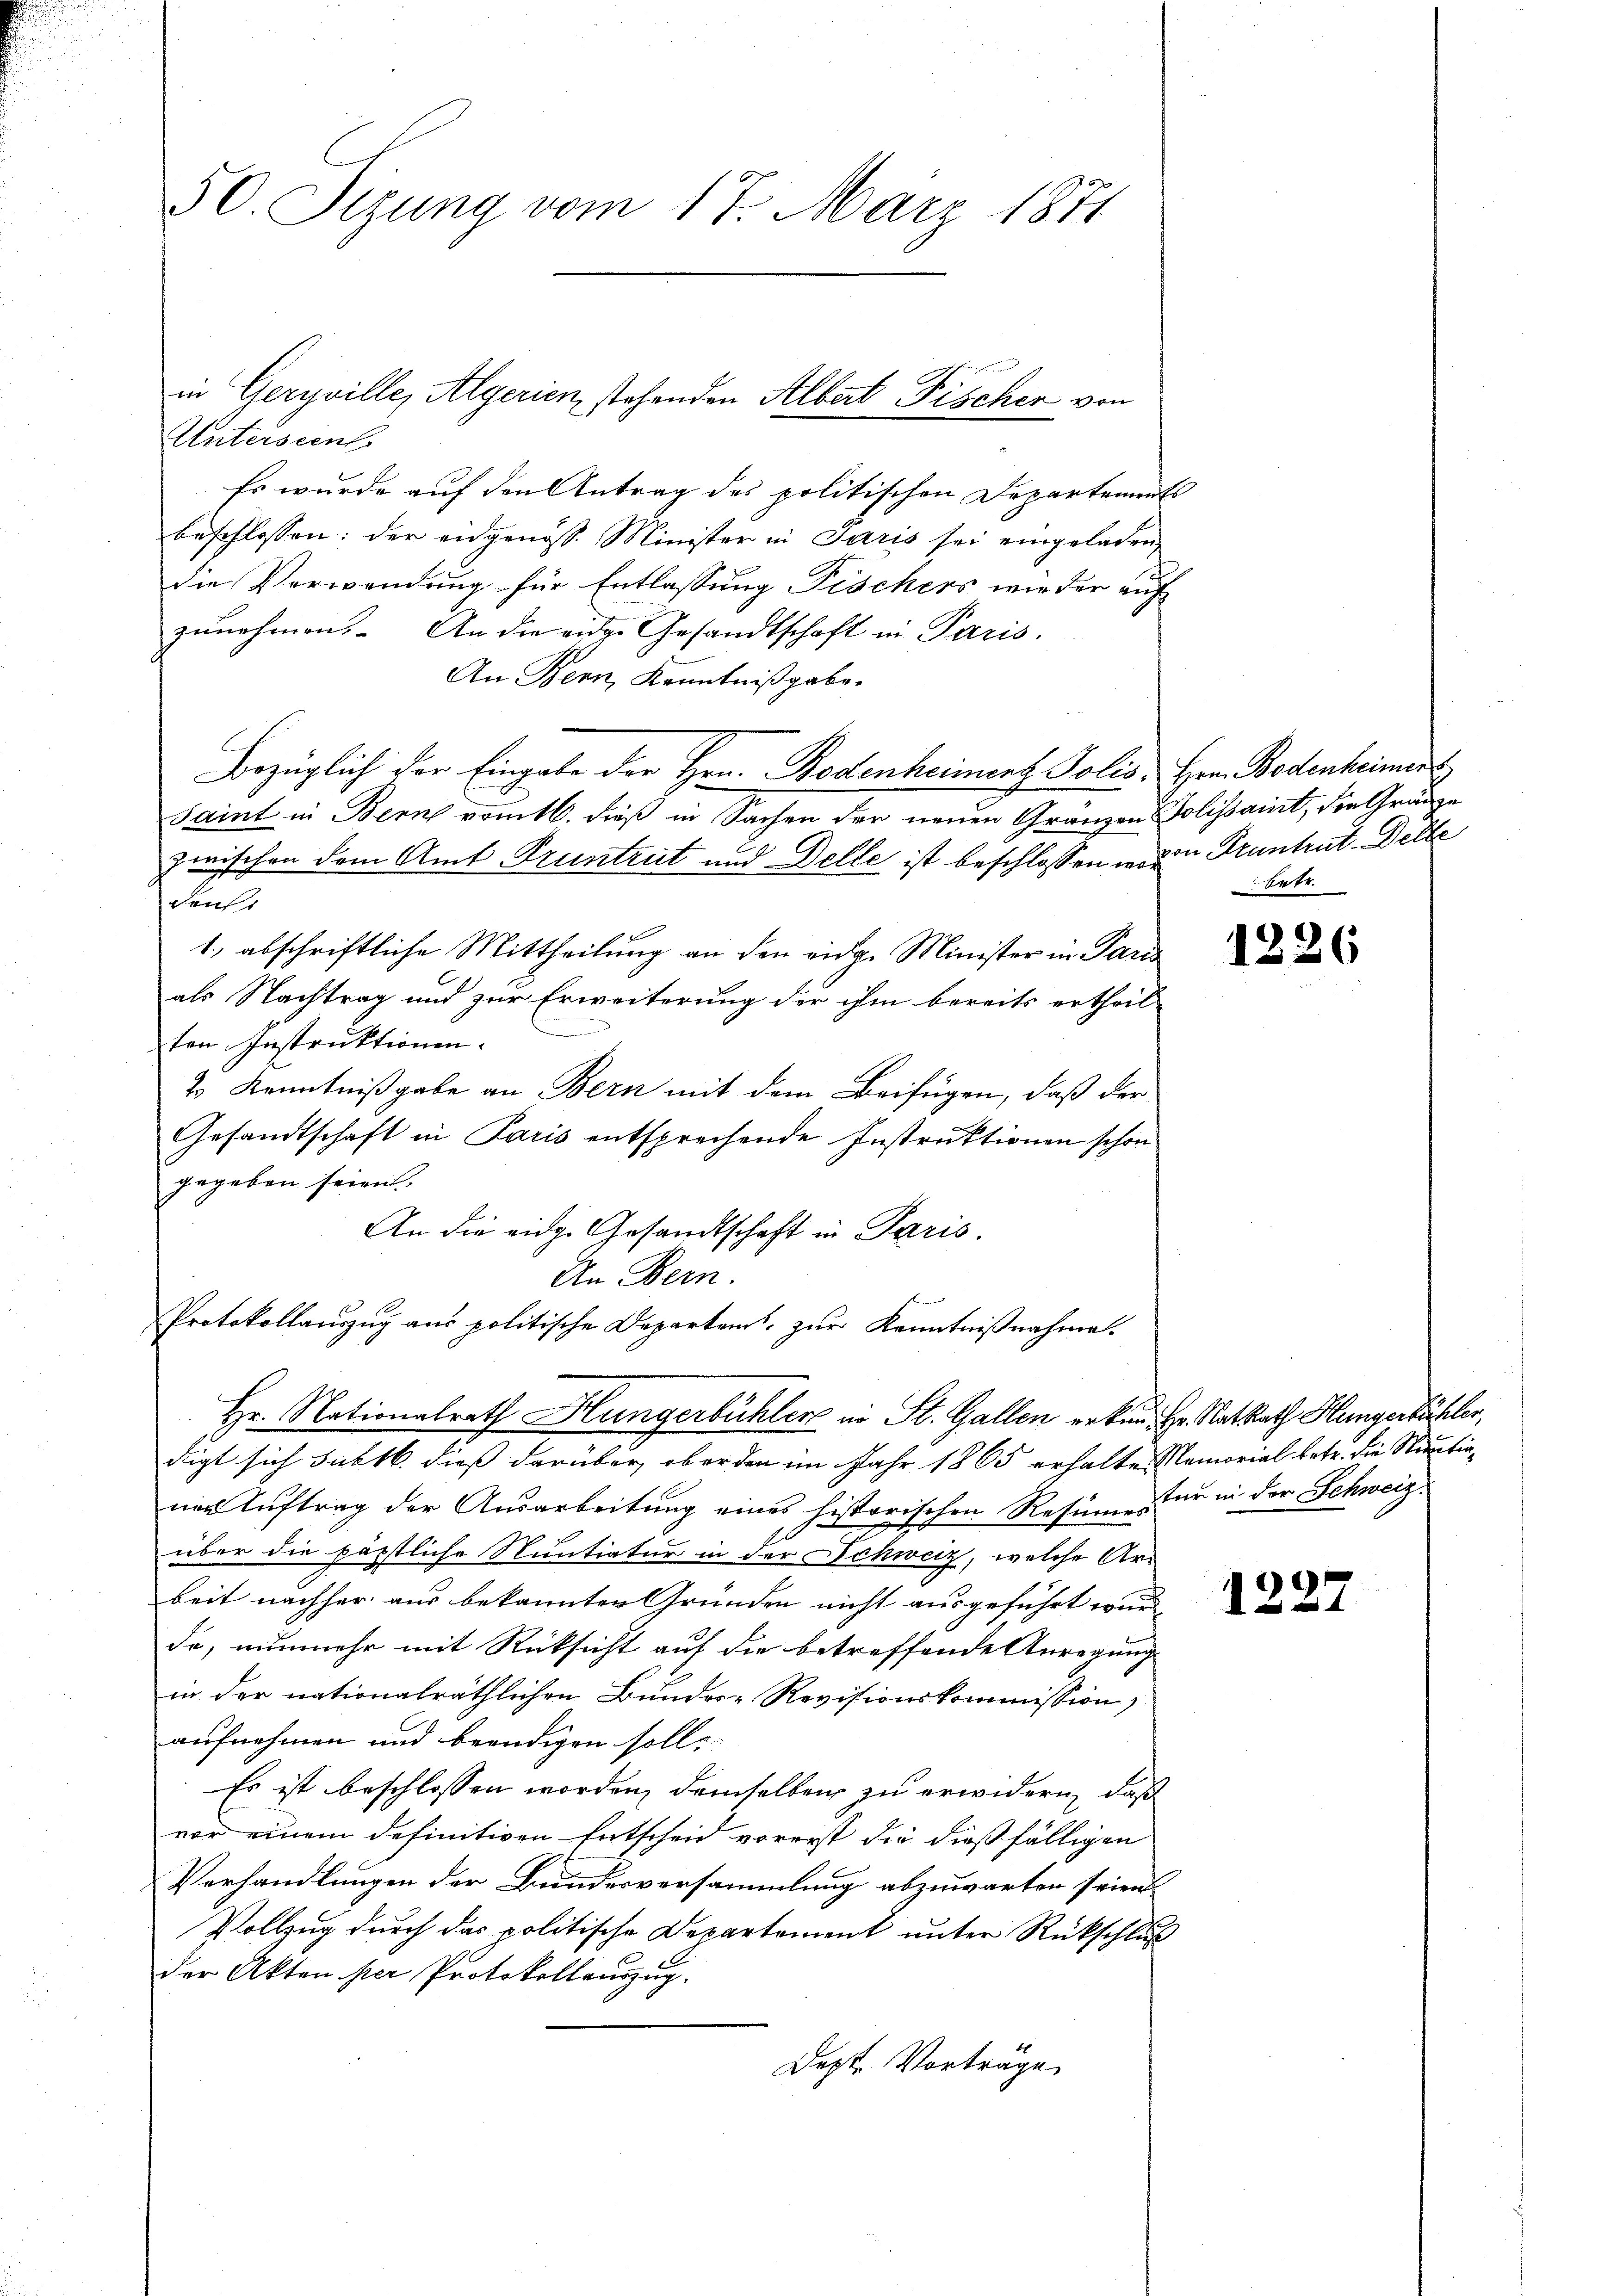
50. Sizung vom 17. März 1871

Unterseent.
Es wurde auf den Antrag des politischen Departements
beschlossen: der eidgenöss. Minister in Paris sei eingeladen,
die Verwendung für Entlassung Fischers wieder auf
zunehmen. An die eige Gesandtschaft in Paris.
An Bern, Kenntnißgabe.
Bezüglich der Eingabe der Hrn. Bodenheiment Jolis. Hrn. Bodenheiment
Saint in Bern vom 16. dieß in Sachen der neuen Gränzen Solissait, die Gränze
zwischen dem Amt Pruntrut und Delle ist beschlossen u. von Pruntrut-Dette
denk
1.) abschriftliche Mittheilung an den eidge Minister in Paris
als Nachtrag und zur Erweiterung der ihm bereits ertheil-
ten Instruktionen.
2 Kenntnißgabe an Bern mit dem Beifügen, daß der
Gesandtschaft in Paris entsprechende Instruktionen schon
gegeben seien
An die eidg. Gesandtschaft in Paris.
An Bern.
Protokollauszug aus politische Departamt zur Kenntnißnahme.

in Geryville, Algerien stehenden Albert Fischer von

Hr. Nationalrath Hungerbüchler in St. Gallen erken. Hr. Ratsrath Hungerbüchler,

digt sich subtb. dieß darüber, ober den im Jahr 1865 erhalte Remorial betr. die Sturmtignen Auftrag der Ausarbeitung eines historischen Resumes für in der Schweiz
über die päpstliche Nuntiatur in der Schweiz, welche Arbeit nachher aus bekannten Gründen nicht ausgeführt wurd
de, nunmehr mit Rücksicht auf die betreffende Anregung
in der nationalräthlichen Bundes-Revisionskommission)
aufnehmen und beendigen soll.
Es ist beschlossen worden, demselben zu erwidern, daß
vor einem definitiven Entscheid vorerst die dießfälligen
Verhandlungen der Bundesversammlung abzuwarten seien.
Vollzug durch das politische Departement unter Rückschluß
der Akten per Protokollauszug.
Dest. Vorträge

betr.

1226

e
122